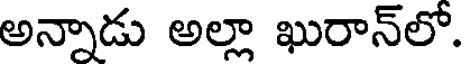
అన్నాడు అల్లా ఖురాన్లో.